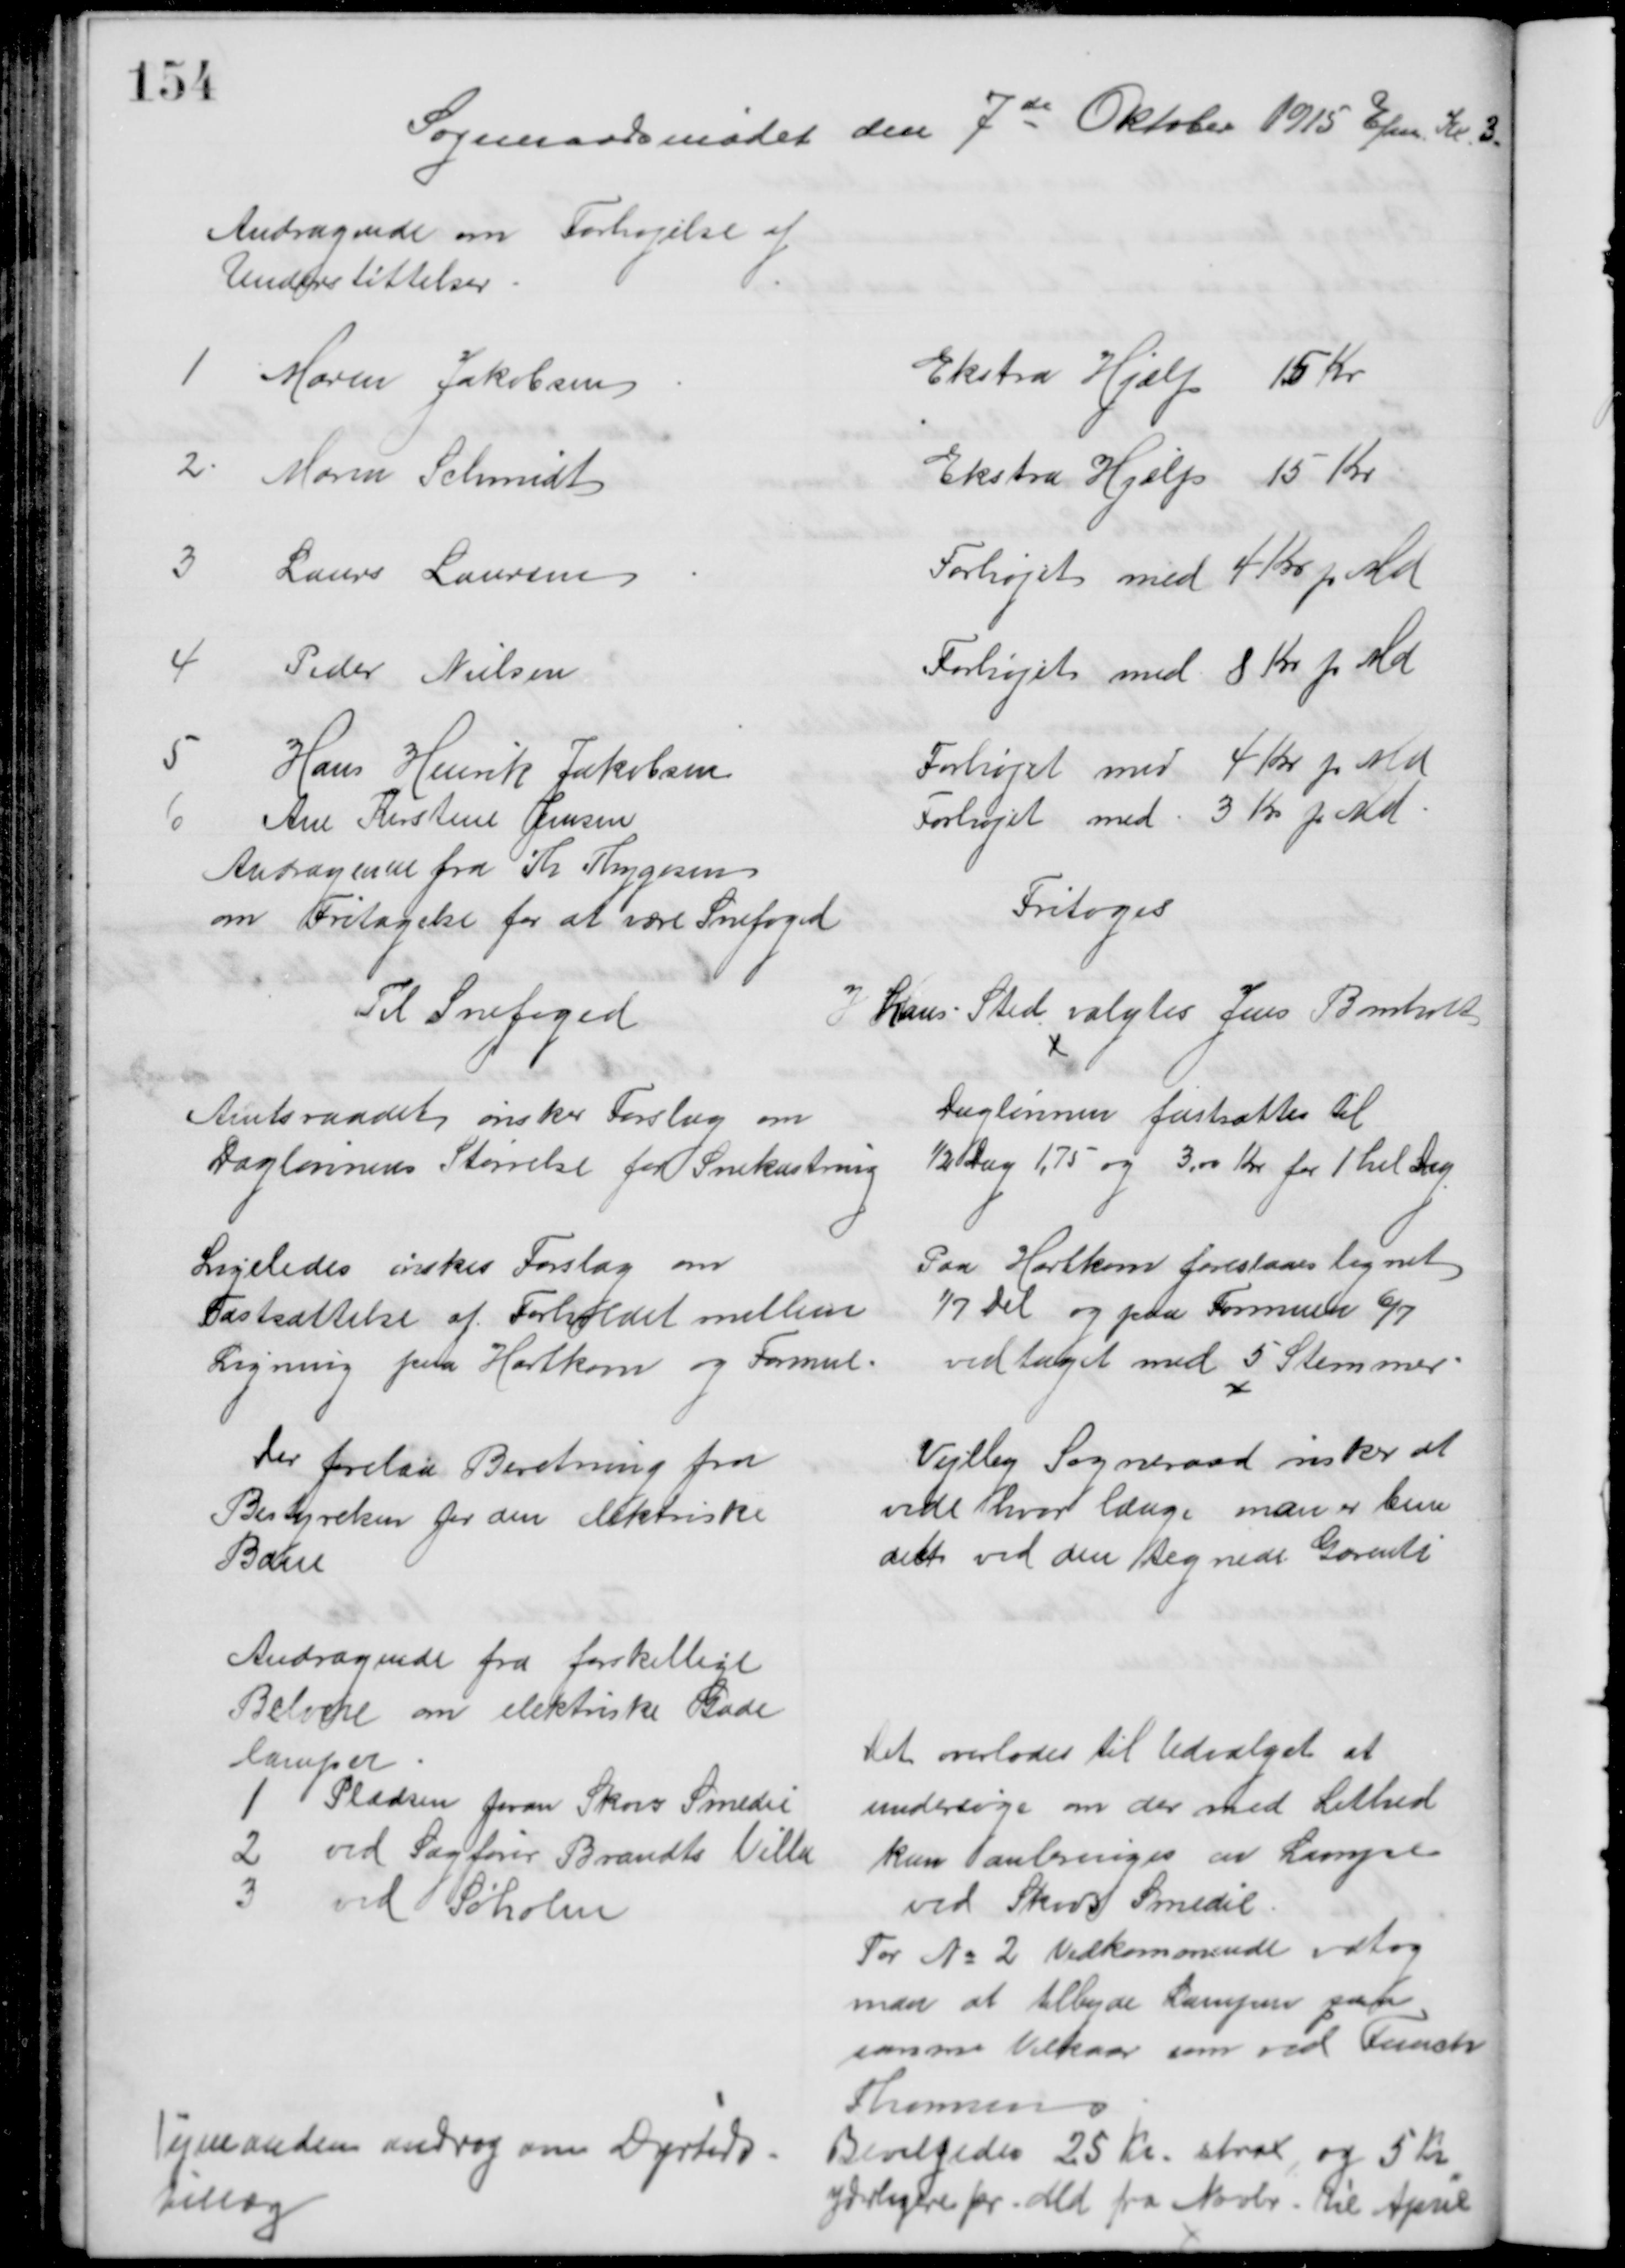
Transskription:
Sogneraadsmødet den 7de Oktober 1915 Eftm. Kl. 3.
Andragende om Forhøjelse af
Understøttelser
1
Maren Jakobsen
Ekstra Hjælp 15 Kr
2
Maren Schmidt
Ekstra Hjælp 15 Kr
3
Laurs Laursen
Forhøjet med 4 Kr pr Md 
4
Peder Nielsen
Forhøjet med 8 Kr pr Md
5
Hans Henrik Jakobsen
Forhøjet med 4 Kr pr Md
6
Ane Kirstine Jensen
Forhøjet med 3 Kr pr Md
Andragende fra Th Thygesen
om Fritagelse for at være Snefoged
Fritoges
Til Snefoged
I hans Sted valgtes Jens Bomholt
Amtsraadet ønsker Forslag om
Daglønnens Størrelse for Snekastning
Daglønnen fastsættes til
½ dag 1,75 og 3,00 Kr for 1 hel Dag
Ligeledes ønskes Forslag om
Fastsættelse af Forholdet mellem
Ligning paa Hartkorn og Formue
Paa Hartkorn foreslaaes lignet
1/7 Del og paa Formuen 6/7
vedtaget med 5 Stemmer
Der forelaa Beretning fra
Bestyrelsen for den elektriske
Bane
Vejlby Sogneraad ønsker at 
vide hvor længe man er bun
det ved den tegnede Garenti
Andragende fra forskellige
Beboere om elektriske Gade
lamper
1
Pladsen foran Skovs Smedie
2
ved Sagfører Brandts Villa
3 
ved Søholm
Det overlodes til Udvalget at 
undersøge om der med Lethed
kan anbringes en Lampe
ved Skovs Smedie
For № 2 Vedkommende vedtog
man at tilbyde Lampen gaa
samme Vilkaar som ved Funch
Thomsens
Vejmanden androg om Dyrtids-
bidrag
Bevilgedes 25 Kr. strax, og 5 Kr
yderligere pr. Md fra Novbr. til April